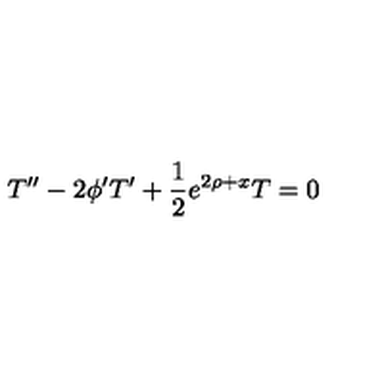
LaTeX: T ^ { \prime \prime } - 2 \phi ^ { \prime } T ^ { \prime } + \frac { 1 } { 2 } e ^ { 2 \rho + x } T = 0